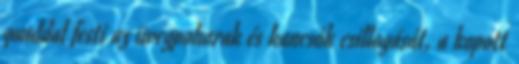
gonddal festi az üvegpoharak és kancsók csillogását, a kopott